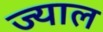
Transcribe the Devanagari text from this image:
ज्याल